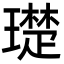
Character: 璴